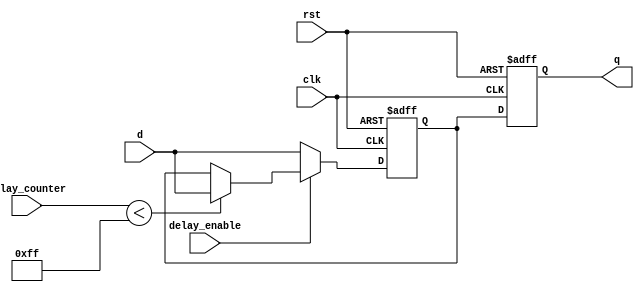
module DFF_delay (
  input wire clk,
  input wire rst,
  input wire delay_enable,
  input wire [7:0] delay_counter,
  input wire d,
  output reg q
);

reg delayed_d;

always @ (posedge clk or posedge rst) begin
  if (rst) begin
    q <= 1'b0;
    delayed_d <= 1'b0;
  end
  else begin
    if (delay_enable) begin
      if (delay_counter < 8'hFF) begin
        delayed_d <= d;
      end
    end
    else begin
      delayed_d <= d;
    end
    
    q <= delayed_d;
  end
end

endmodule